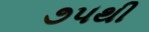
૭૫થી